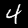
Digit: 4